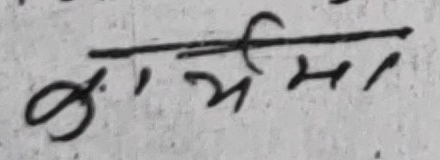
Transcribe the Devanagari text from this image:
कार्यमा